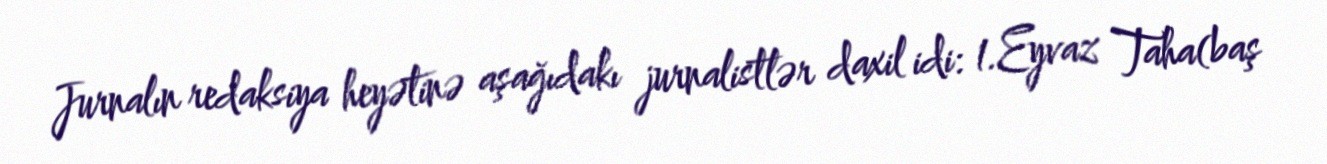
Jurnalın redaksiya heyətinə aşağıdakı jurnalistlər daxil idi: 1.Eyvaz Taha(baş